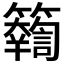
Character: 𥷤